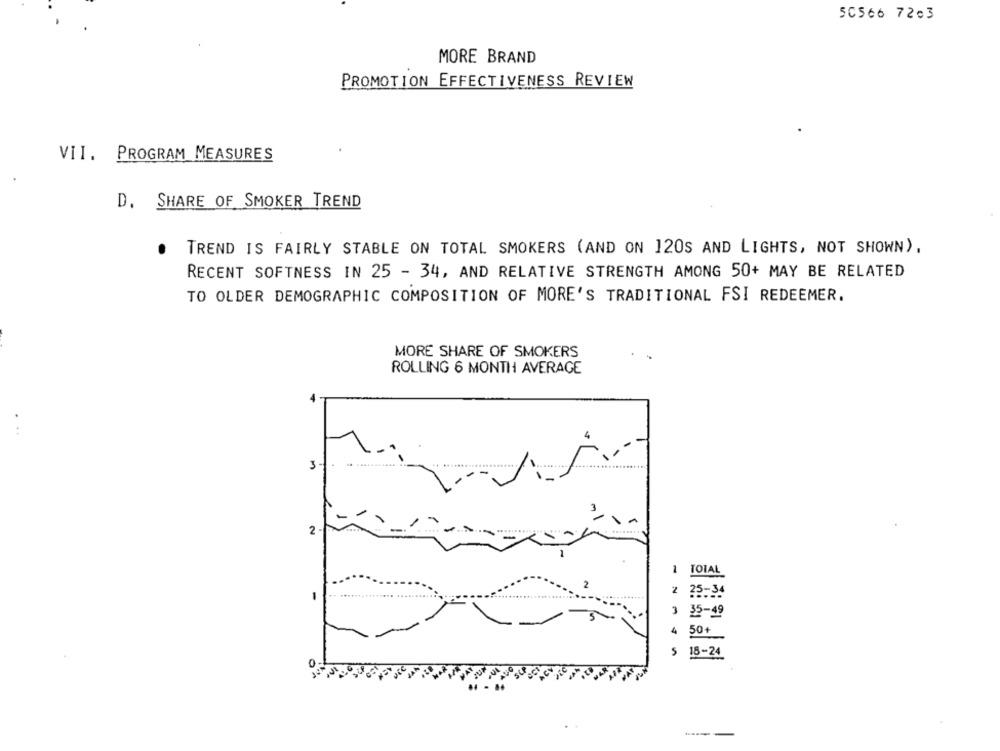
50566 7203
MORE BRAND
PROMOTION EFFECTIVENESS REVIEW
VII. PROGRAM MEASURES
D. SHARE OF SMOKER TREND
TREND IS FAIRLY STABLE ON TOTAL SMOKERS (AND ON 120S AND LIGHTS, NOT SHOWN),
RECENT SOFTNESS IN 25 - 34, AND RELATIVE STRENGTH AMONG 50+ MAY BE RELATED
TO OLDER DEMOGRAPHIC COMPOSITION OF MORE'S TRADITIONAL FSI REDEEMER.
MORE SHARE OF SMOKERS
ROLLING 6 MONTH AVERAGE
...
3
.......
2
1
TOTAL
2
2
25-34
3
35-49
4
50+
18-24